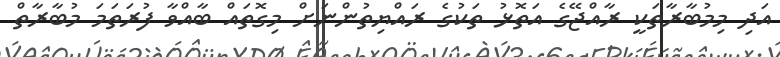
އަދި މިމުބާރާތަކީ ރާއްޖޭގެ އަތޮޅު ތަކުގެ ރައްޔިތުންނަށް މިގޮތައް ބާއްވާ ފުރަތަމަ މުބާރާތް